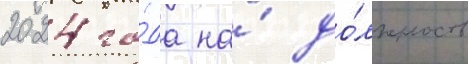
2024 го́да на́ до́лжность